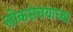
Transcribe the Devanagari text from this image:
लोकसंचयाच्या